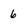
Character: 6